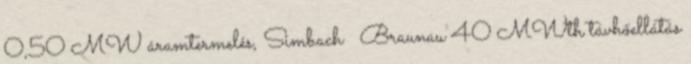
0,50 MW áramtermelés, Simbach Braunau 40 MWth távhőellátás